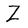
Character: Z